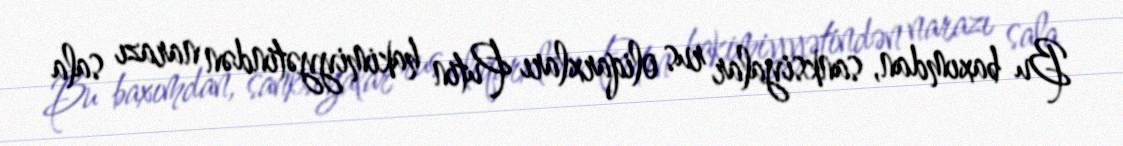
Bu baxımdan, sanksiyalar rus oliqarxları Putin hakimiyyətindən narazı sala